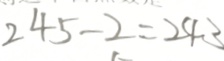
2 4 5 - 2 = 2 4 3